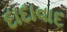
દાદાવાદ